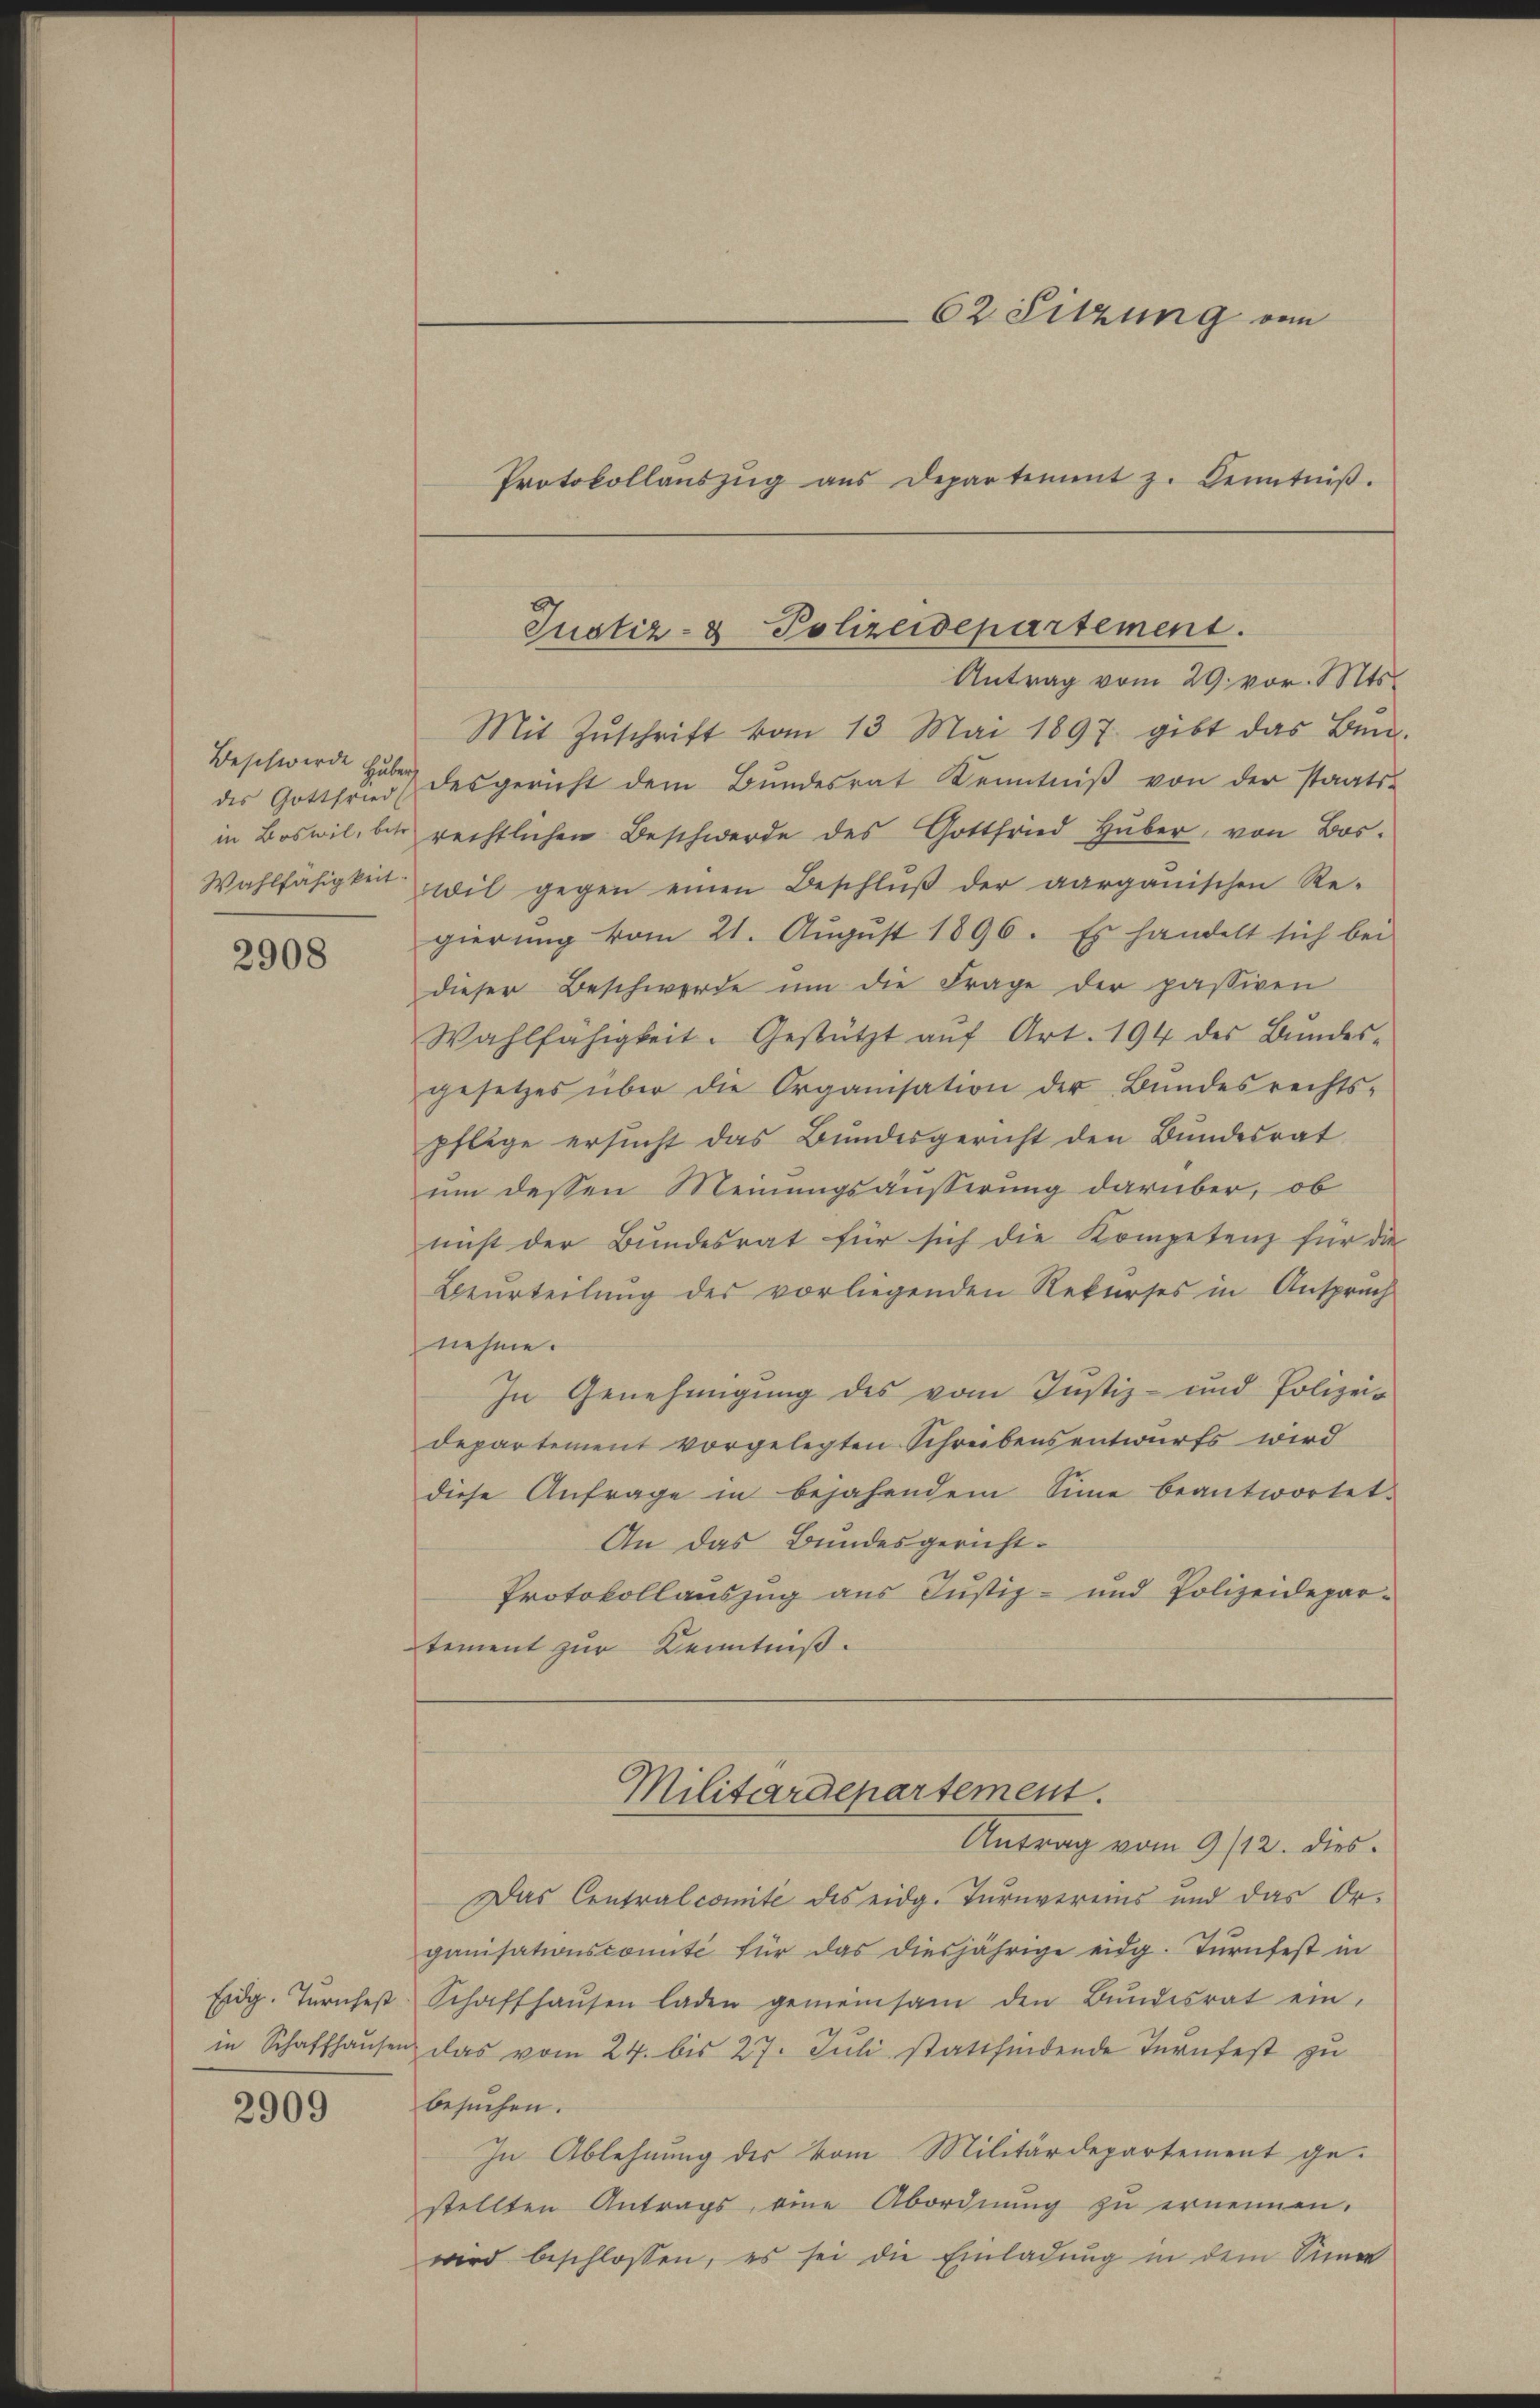
Beschwerde Huber
Wahlfähigkeit.

2908

Eidg. Turnfest
in Schaffhausen

2909

Mit Zŭschrift vom 13. Mai 1897. gibt das Bun-
des Gottfried desgericht dem Bŭndesrat Kenntniβ von der Staats-
in Boswil, bis rechtlichen Beschwerde des Gottfried Huber, von Bos.
wil gegen einen Beschlŭβ der aargauischen Re-
gierung vom 21. August 1896. Es handelt sich bei
dieser Beschwerde ŭm die Frage der passiven
Wahlfähigkeit. Gestützt aŭf Art. 194 des Bŭndes-
gesetzes über die Organisation der Bŭndesrechts-
pflege ersucht das Bundesgericht den Bundesrat
um dessen Meinungsäusserung darüber, ob
nicht der Bundesrat für sich die Kompetenz für die
Beurteilung des vorliegenden Rekurses in Anspruch
nehme.
In Genehmigung des vom Justiz- und Polizeidepartement vorgelegten Schreibensentwurfs wird
diese Anfrage in bejahendem Sinne beantwortet.
An das Bundesgericht¬
Protokollauszug aus Justiz- und Polizeidepar-
tement zur Kenntniß.
Militärdepartement.
Antrag vom 9/12. dies
Das Contralcomité des eidg. Turnvereins und das Organisationscomité für das diesjährige eidg. Turnfest in
Schaffhaŭsen laden gemeinsam den Bŭndesrat ein.
u das vom 24. bis 27. Juli stattfindende Turnfest zu
besuchen.
In Ablehnung des vom Militärdepartement ge-
stellten Antrags, eine Abordnŭng zŭ ernennen.
wird beschlossen, es sei die Einladung in dem Sinner

62. Sitzung von
Protokollaŭszŭg aŭs Departement z. Kenntniβ.

Justiz- & Polizeidepartement.
Antrag vom 29. vor. Mts.